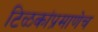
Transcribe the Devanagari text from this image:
टिळकांप्रमाणेच